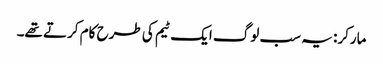
مارکر: یہ سب لوگ ایک ٹیم کی طرح کام کرتے تھے۔